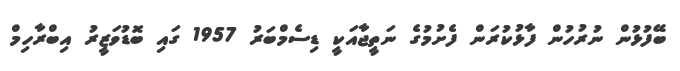
ބޭފުޅުން ނުރުހުން ފާޅުކުރަން ފެށުމުގެ ނަތީޖާއަކީ ޑިސެމްބަރު 1957 ގައި ބޮޑުވަޒީރު އިބްރާހިމް